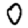
Digit: 0